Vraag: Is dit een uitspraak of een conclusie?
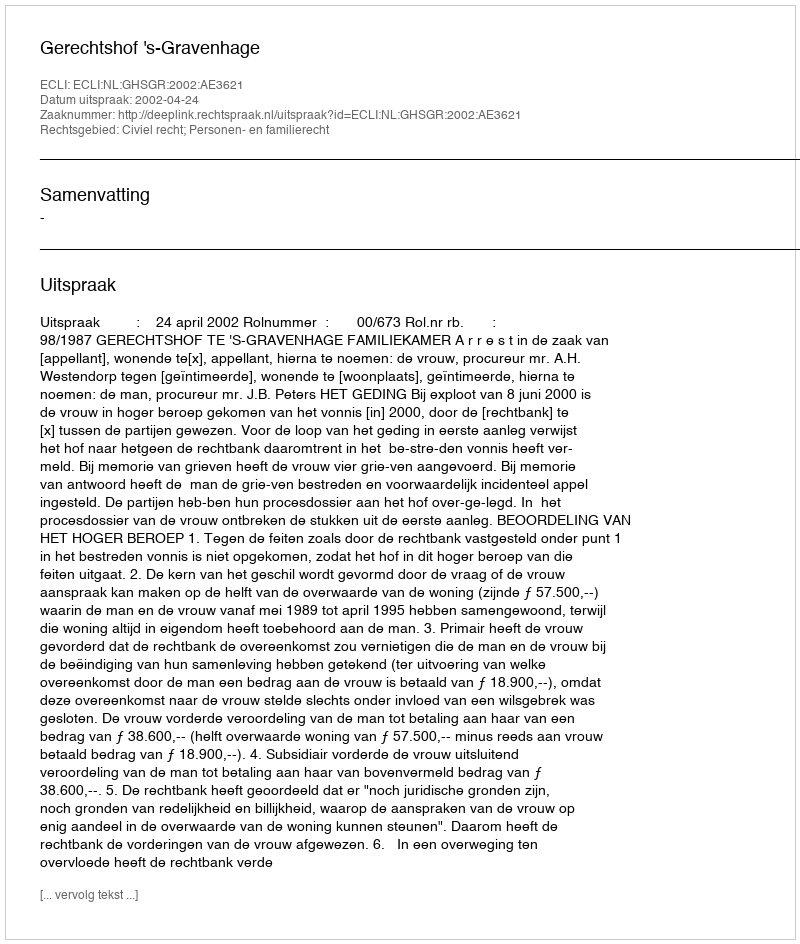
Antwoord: Uitspraak